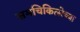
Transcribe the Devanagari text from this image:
समचिकित्सेच्या